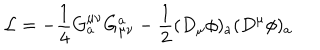
{ \cal L } = - { \frac { 1 } { 4 } } G _ { a } ^ { \mu \nu } G _ { \mu \nu } ^ { a } - { \frac { 1 } { 2 } } ( D _ { \mu } \phi ) _ { a } ( D ^ { \mu } \phi ) _ { a }